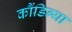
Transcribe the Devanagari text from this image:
कौंडिन्या